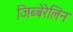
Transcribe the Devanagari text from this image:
जिब्बेरेलिन